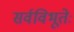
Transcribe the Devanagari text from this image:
सर्वविभूतेः